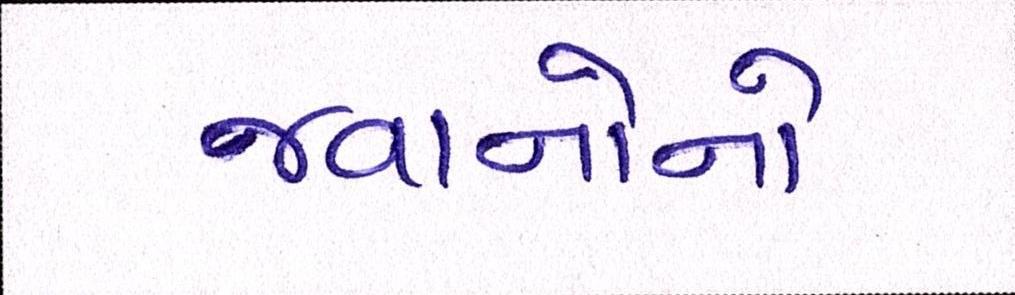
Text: જવાનોનો